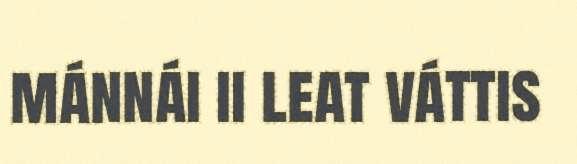
mánnái ii leat váttis